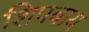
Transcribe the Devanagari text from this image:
शिपबाय